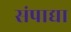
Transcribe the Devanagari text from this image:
संपाद्या